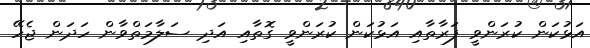
އަޅުކަން ކުރަންވީ ފަރާތާއި އަޅުކަން ކުރަންވީ ގޮތާއި އަދި ސަލާމަތްވާން ހަދަން ޖެހޭ